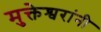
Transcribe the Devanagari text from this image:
मुक्तेश्वरांनी